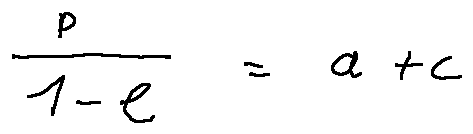
\frac { p } { 1 - e } = a + c